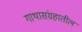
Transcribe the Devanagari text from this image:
गाथासंग्रहातील